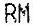
RM